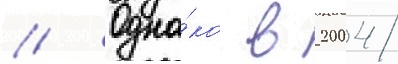
// Одна́ко в 2004